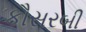
કૌસરબી